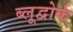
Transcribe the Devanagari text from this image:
ब्लूद्वोर्क